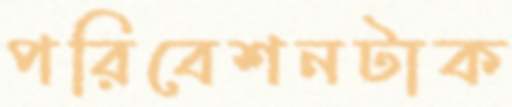
পরিবেশনটাক